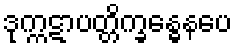
ဒုက္ကဋာပတ္တိက္ခန္ဓေနပေ